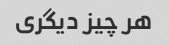
هر چیز دیگری